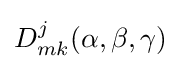
D_{mk}^{j}(\alpha ,\beta ,\gamma )